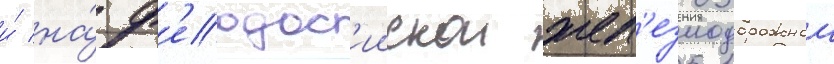
и́ на́ ф'еодос'иискои жел'езнодорожнои